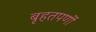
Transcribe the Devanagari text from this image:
बृहतपर्णी